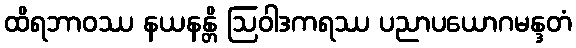
ထိရဘာဝဿ နယနန္တိ ဩဝါဒကရဿ ပညာပယောဂမန္ဒတံ